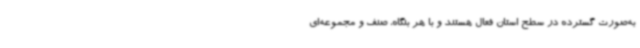
به‌صورت گسترده در سطح استان فعال هستند و با هر بنگاه، صنف و مجموعه‌ای